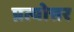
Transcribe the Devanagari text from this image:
प्रत्योत्तर